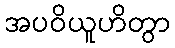
အပဝိယူဟိတွာ